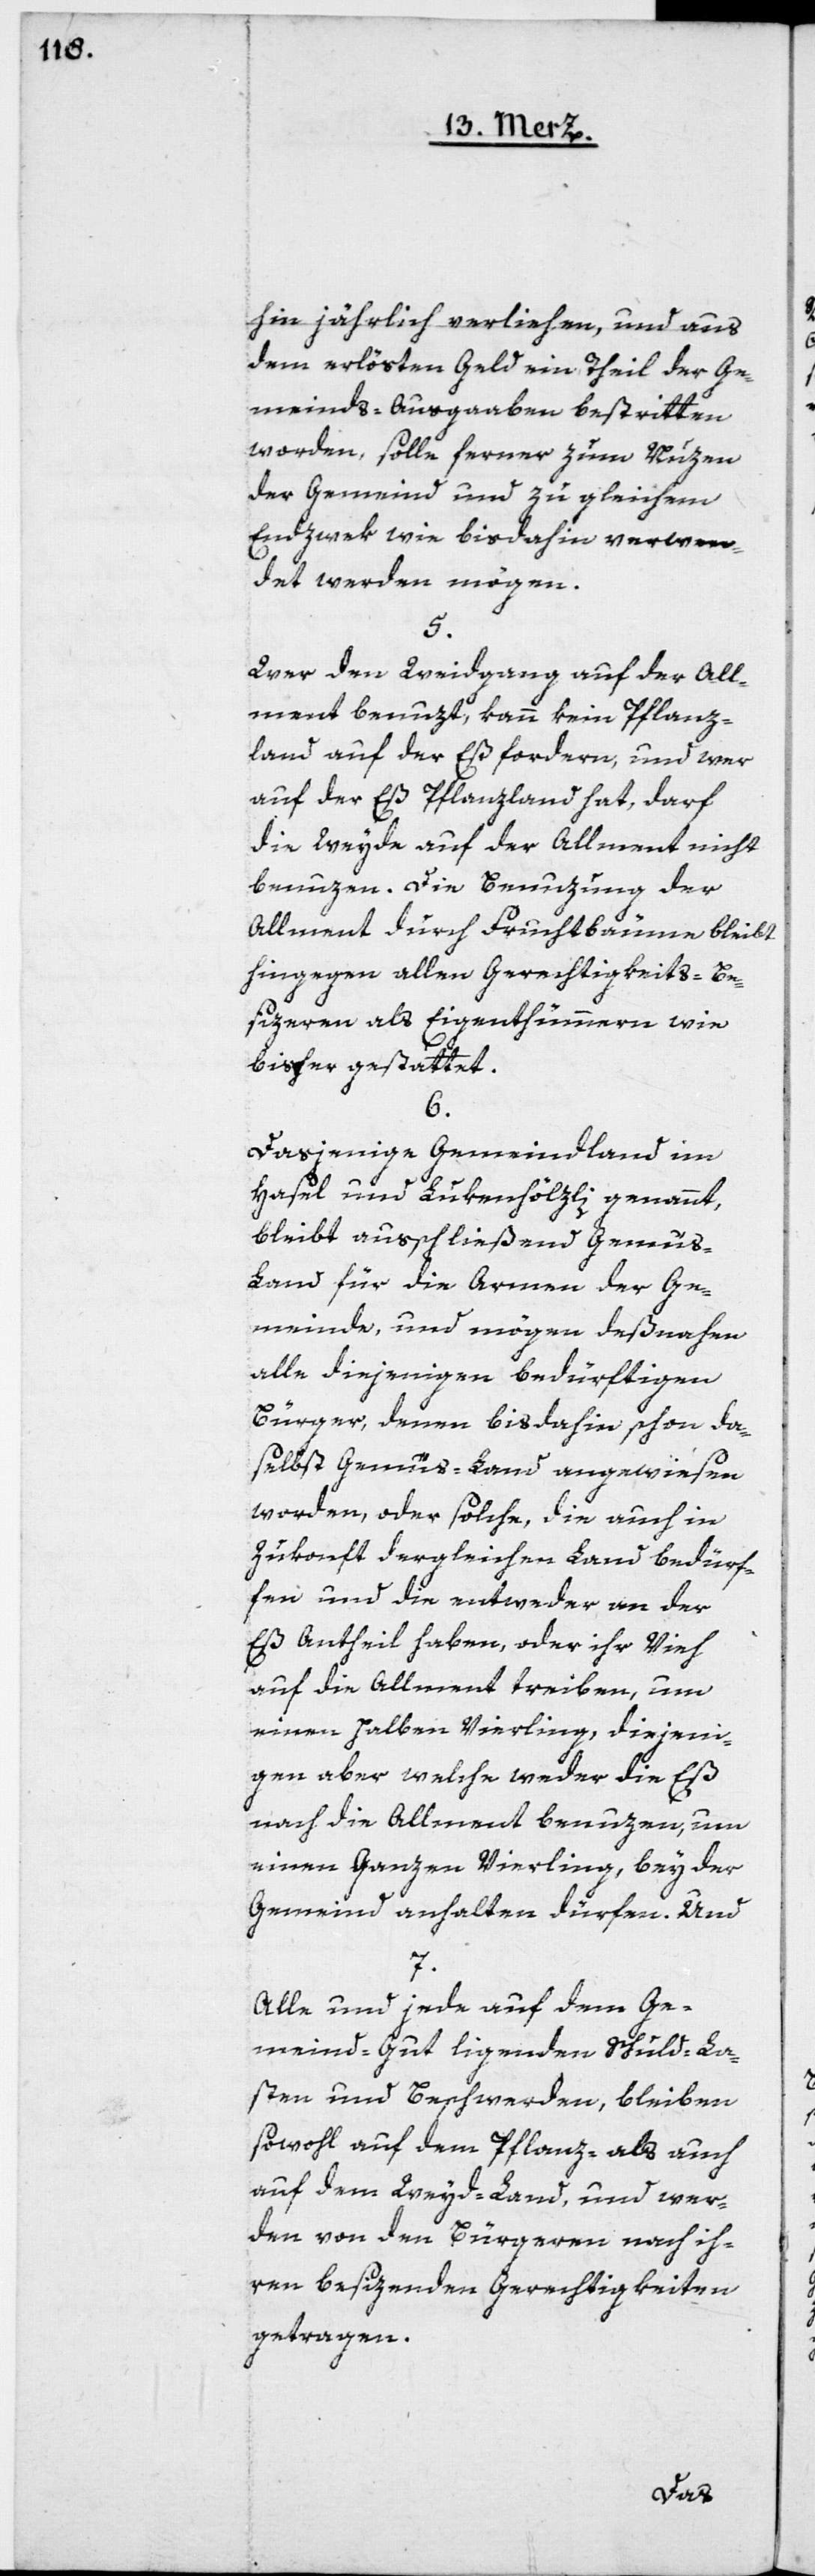
hin jährlich verliehen, und aus
dem erlösten Geld ein Theil der Ge¬
meinds-Ausgaben bestritten
worden, solle ferner zum Nuzen
der Gemeind und zu gleichem
Endzwek wie bis dahin verwen¬
det werden mögen.
5.
Wer den Weidgang auf der All¬
ment benuzt, kann kein Pflanz¬
land auf der Eß fordern, und wer
auf der Eß Pflanzland hat, darf
die Weyde auf der Allment nicht
benuzen. Die Benuzung der
Allment durch Fruchtbäume bleibt
hingegen allen Gerechtigkeits-Be¬
sizeren als Eigenthümmern wie
bisher gestattet.
6.
Dasjenige Gemeindland im
Hasel und Lukenhölzli genannt,
bleibt ausschließend Gemü¬
s-Land für die Armen der Ge¬
meinde, und mögen deßnahen
alle diejenigen bedürftigen
Bürger, denen bis dahin schon da¬
selbst Gemüs-Land angewiesen
worden, oder solche, die auch in
Zukonft dergleichen Land bedür¬
fen und die entweder von der
Eß Antheil haben, oder ihr Vieh
auf die Allment treiben, um
einen halben Vierling, diejeni¬
gen aber welche weder die Eß
noch die Allment benuzen, um
einen Ganzen Vierling, bey der
Gemeind anhalten dürfen. Und
7.
Alle und jede auf dem Ge¬
meind-Gut ligenden Schuld-La¬
sten und Beschwerden, bleiben
sowohl auf dem Pflanz- als auch
auf dem Weyd-Land, und wer¬
den von den Bürgeren nach ih¬
ren besizenden Gerechtigkeiten
getragen.